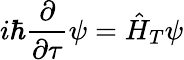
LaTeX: i\hbar\frac{\partial}{\partial\tau}\psi=\hat{H}_{T}\psi